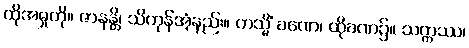
ထိုအမှုကို။ ဇာနန္တိ၊ သိကုန်အံ့နည်း။ တသ္မိံ ခဏေ၊ ထိုခဏ၌။ သက္ကဿ၊